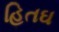
હિતઘ